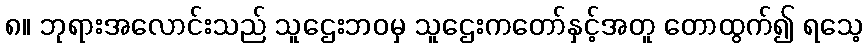
၈။ ဘုရားအလောင်းသည် သူဌေးဘဝမှ သူဌေးကတော်နှင့်အတူ တောထွက်၍ ရသေ့